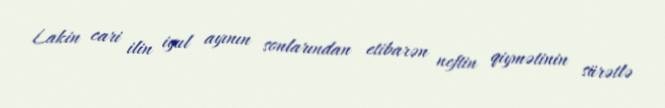
Lakin cari ilin iyul ayının sonlarından etibarən neftin qiymətinin sürətlə